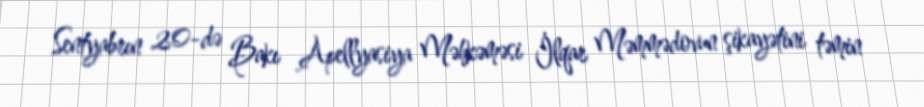
Sentyabrın 20-də Bakı Apellyasiya Məhkəməsi İlqar Məmmədovun şikayətini təmin